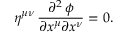
\eta ^ { \mu \nu } \, { \frac { \partial ^ { 2 } \, \phi } { \partial x ^ { \mu } \partial x ^ { \nu } } } = 0 .